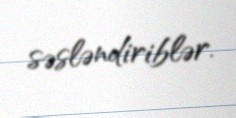
səsləndiriblər.